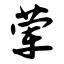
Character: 荤